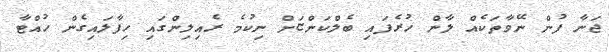
ޖަނާ ފުން ނޭވާތަކެއް ލާން ހުރެފައި ބެލްކަންޏަށް ނިކުމެ ރެއިލިންގައި ހިފާލައިގެން ހުއްޓާ